Vaccination North-Western Provinces and Oudh 1896-1901 - 1896-1901
Year: 1896
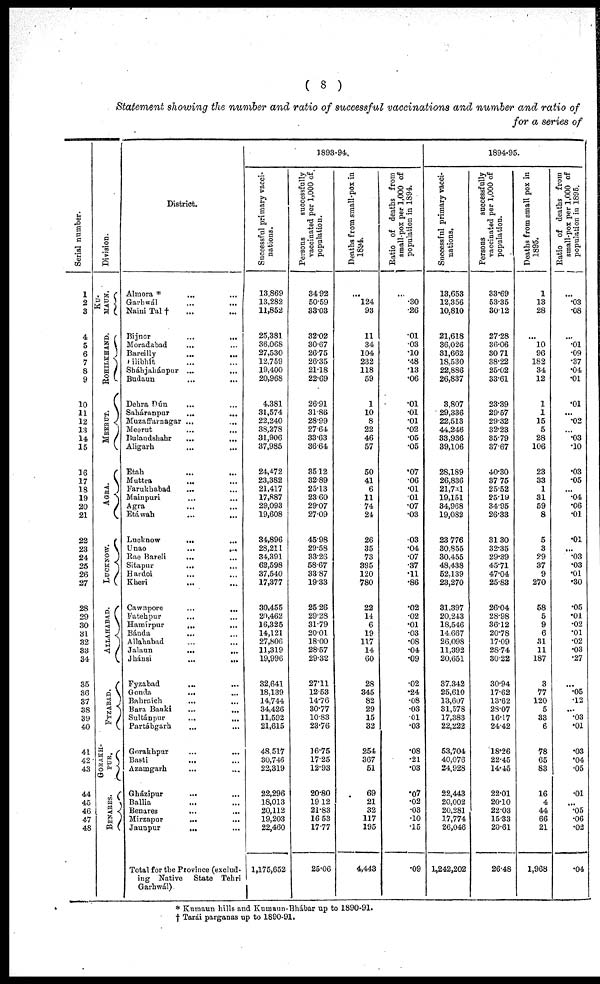
( 8 )
Statement showing the number and ratio of successful vaccinations and number and ratio of
for a series of
Serial number.
1
2
3
4
5
6
7
8
9
10
11
12
13
14
15
16
17
18
19
20
21
22
23
24
25
26
27
28
29
30
31
32
33
34
35
36
37
38
39
40
41
42
43
44
45
46
47
48
Division.
KU¬
MAUN.
ROHILKHAND.
MEERUT.
AGRA.
LUCKNOW.
ALLAHABAD.
FYZABAD.
GORAKH-
PUR.
BENARES.
District.
Almora *
... ...
Garhwál ... ...
Naini Tal † ... ...
Bijnor
...
...
Moradabad ... ...
Bareilly
...
...
Pilibhít ... ...
Sháhjahánpur ...
...
Budaun
...
...
Dehra Dún
... ...
Saháranpur
...
...
Muzaffarnagar ...
...
Meerut ... ...
Bulandshahr ... ...
Aligarh
...
...
Etah ... ...
Muttra ... ...
Farukhabad ... ...
Mainpuri ... ...
Agra ... ...
Etáwah
...
...
Lucknow
...
...
Unao
...
...
Rae Bareli
... ...
Sitapur
... ...
Hardoi ... ...
Kheri ... ...
Cawnpore
...
...
Fatehpur ... ...
Hamírpur
...
...
Bánda ... ...
Allahabad
...
...
Jalaun
...
...
Jhánsi
...
...
Fyzabad
... ...
Gonda
... ...
Bahraich ... ...
Bara Banki
...
...
Sultánpur ... ...
Partábgarh
...
...
Gorakhpur ... ...
Basti
... ...
Azamgarh ... ...
Gházipur ... ...
Ballia ... ...
Benares
... ...
Mirzapur ... ...
Jaunpur
... ...
Total for the Province (exclud-
ing Native
State Tehri
Garhwál)
1893-94.
Successful primary vacci-
nations.
13,869
13,282
11,852
25,381
36,068
27,530
12,759
19,400
20,968
4,381
31,574
22,240
38,278
31,906
37,985
24,472
23,382
21,417
17,887
29,093
19,608
34,896
28,211
34,391
62,598
37,540
17,377
30,455
20,462
16,325
14,121
27,806
11,319
19,996
32,641
18,139
14,744
34,426
11,592
21,615
48,517
30,746
22,319
22,296
18,013
20,112
19,203
22,460
1,175,652
Persons
successfully
vaccinated per 1,000 of,
population.
34.92
50.59
33.03
32.02
30.67
26.75
26.35
21.18
22.69
26.91
31.86
28.99
27.64
33.63
36.64
35.12
32.89
25.13
23.60
29.07
27.09
45.98
29.58
33.26
58.67
33.87
19.33
25.26
29.28
31.79
20.01
18.00
28.57
29.32
27.11
12.53
14.76
30.77
10.83
23.76
16.75
17.25
12.93
20.80
19.12
21.83
16.53
17.77
25.06
Deaths from small-pox in
1894.
...
124
93
11
34
104
232
118
59
1
10
8
22
46
57
50
41
6
11
74
24
26
35
73
395
120
780
22
14
6
19
117
14
60
28
345
82
29
15
32
254
367
51
69
21
32
117
195
4,443
Ratio of deaths from
small-pox per 1,000 of
population in 1894.
...
.30
.26
.01
.03
.10
.48
.13
.06
.01
.01
.01
.02
.05
.05
.07
.06
.01
.01
.07
.03
.03
.04
.07
.37
.11
.86
.02
.02
.01
.03
.08
.04
.09
.02
.24
.08
.03
.01
.03
.08
.21
.03
.07
.02
.03
.10
.15
.09
1894-95.
Successful primary vacci-
nations.
13,653
12,356
10,810
21,618
36,026
31,662
18,530
22,886
26,837
3,807
29,336
22,513
44,246
33,936
39,106
28,189
26,836
21,731
19,151
34,968
19,082
23,776
30,855
30,455
48,438
52,139
23,270
31,397
20,243
18,546
14,667
26,098
11,392
20,651
37.342
25,610
13,607
31,578
17,383
22,222
53,704
40,076
24,928
22,443
20,002
20,281
17,774
26,046
1,242,202
Persons
successfully
vaccinated per 1,000 of
population.
33.69
53.35
30.12
27.28
36.06
30.71
38.22
25.02
33.61
23.39
29.57
29.32
32.23
35.79
37.67
40.30
37.75
25.52
25.19
34.95
26.33
31.30
32.35
29.39
45.71
47.04
25.83
26.04
28.98
36.12
20.78
17.09
28.74
30.22
30.94
17.62
13.62
28.07
16.17
24.42
18.26
22.45
14.45
22.01
20.10
22.03
15.33
20.61
26.48
Deaths from small pox in
1895.
1
13
28
...
10
96
182
34
12
1
1
15
5
28
106
23
33
1
31
59
8
5
3
29
37
9
270
58
5
9
6
31
11
187
3
77
120
5
33
6
78
65
83
16
4
44
66
21
1,968
Ratio of deaths from
small-pox per 1,000 of
population in 1895.
...
.03
.08
...
.01
.09
.37
.04
.01
.01
...
.02
...
.03
.10
.03
.05
...
.04
.06
.01
.01
...
.03
.03
.01
.30
.05
.01
.02
.01
.02
.03
.27
...
.05
.12
...
.03
.01
.03
.04
.05
.01
...
.05
.06
.02
.04
* Kumaun hills and Kumaun-Bhábar up to 1890-91.
† Tarái parganas up to 1890-91.